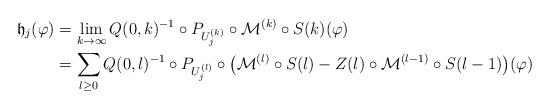
LaTeX: \begin{align*}\mathfrak{h}_j(\varphi) &= \lim_{k\to\infty} Q(0,k)^{-1}\circ P_{U^{(k)}_j}\circ \mathcal{M}^{(k)}\circ S(k)(\varphi)\\&= \sum_{l \geq 0} Q(0,l)^{-1}\circ P_{U^{(l)}_j}\circ\big(\mathcal{M}^{(l)}\circ S(l)-Z(l)\circ\mathcal{M}^{(l-1)}\circ S(l-1)\big)(\varphi)\end{align*}